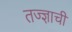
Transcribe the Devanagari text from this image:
तज्ज्ञाची